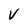
Character: V